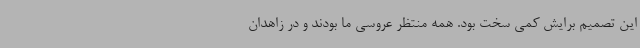
این تصمیم برایش کمی سخت بود. همه منتظر عروسی ما بودند و در زاهدان